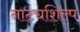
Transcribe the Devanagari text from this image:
नाट्यशिल्प